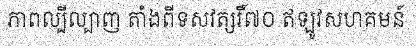
ភាពល្បីល្បាញ តាំងពីទសវត្សរិ៍៧០ ឥឡូវសហគមន៍